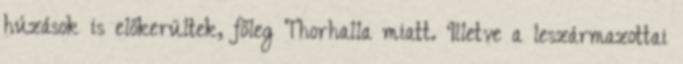
húzások is előkerültek, főleg Thorhalla miatt. Illetve a leszármazottai